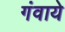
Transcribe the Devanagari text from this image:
गंवाये